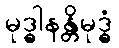
မုဒ္ဓါနန္တိမုဒ္ဓံ